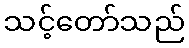
သင့်တော်သည်